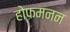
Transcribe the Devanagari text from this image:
होफमनन